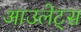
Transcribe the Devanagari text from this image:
आउलेट्स